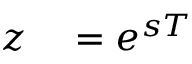
\begin{array} { r l } { z } & { { } = e ^ { s T } } \end{array}